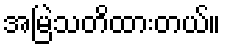
အမြဲသတိထားတယ်။